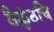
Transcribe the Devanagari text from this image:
वैकुंठचि